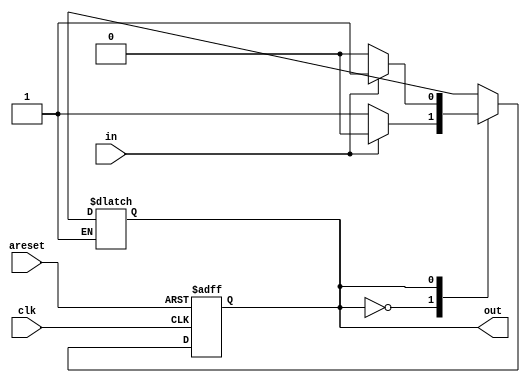
module top_module(
    input clk,
    input areset,    // Asynchronous reset to state B
    input in,
    output out);//  

    parameter A=0, B=1; 
    reg state, next_state;

    always @(*) begin    // This is a combinational always block
        // State transition logic
        case (state)
            A: begin
                next_state = in ? A : B;
            end
            B: begin
                next_state = in ? B : A;
            end
            default: state = state;
        endcase
    end

    always @(posedge clk, posedge areset) begin    // This is a sequential always block
        // State flip-flops with asynchronous reset
        if(areset)
            state <= B;
        else
            state <= next_state;
    end

    // Output logic
    // assign out = (state == ...);
    assign out = (state == B);

endmodule